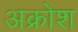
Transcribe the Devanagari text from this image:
अक्रोश